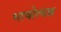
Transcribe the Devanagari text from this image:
भाषोत्पन्न